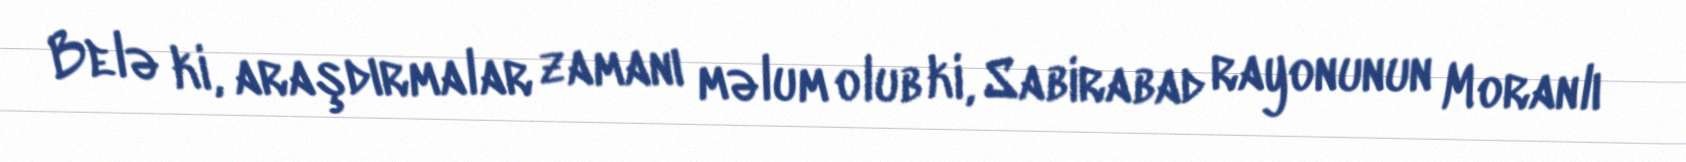
Belə ki, araşdırmalar zamanı məlum olub ki, Sabirabad rayonunun Moranlı